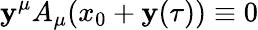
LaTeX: \mathbf{y}^{\mu}A_{\mu}(x_{0}+\mathbf{y}(\tau))\equiv0